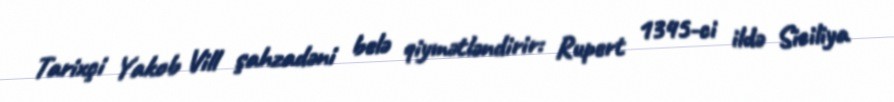
Tarixçi Yakob Vill şahzadəni belə qiymətləndirir: Rupert 1345-ci ildə Siciliya